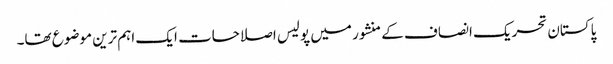
پاکستان تحریک انصاف کے منشور میں پولیس اصلاحات ایک اہم ترین موضوع تھا۔